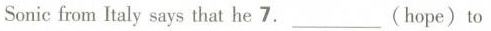
Sonicfrom ltaly says that he 7.___（hope）to